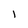
Character: l